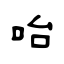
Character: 咍